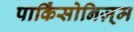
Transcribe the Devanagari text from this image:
पार्किंसोनिज़्म